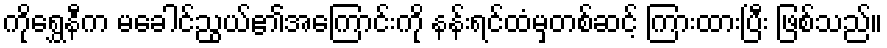
ကိုရွှေနီက မခေါင်ညွယ်၏အကြောင်းကို နန်းရင်ထံမှတစ်ဆင့် ကြားထားပြီး ဖြစ်သည်။